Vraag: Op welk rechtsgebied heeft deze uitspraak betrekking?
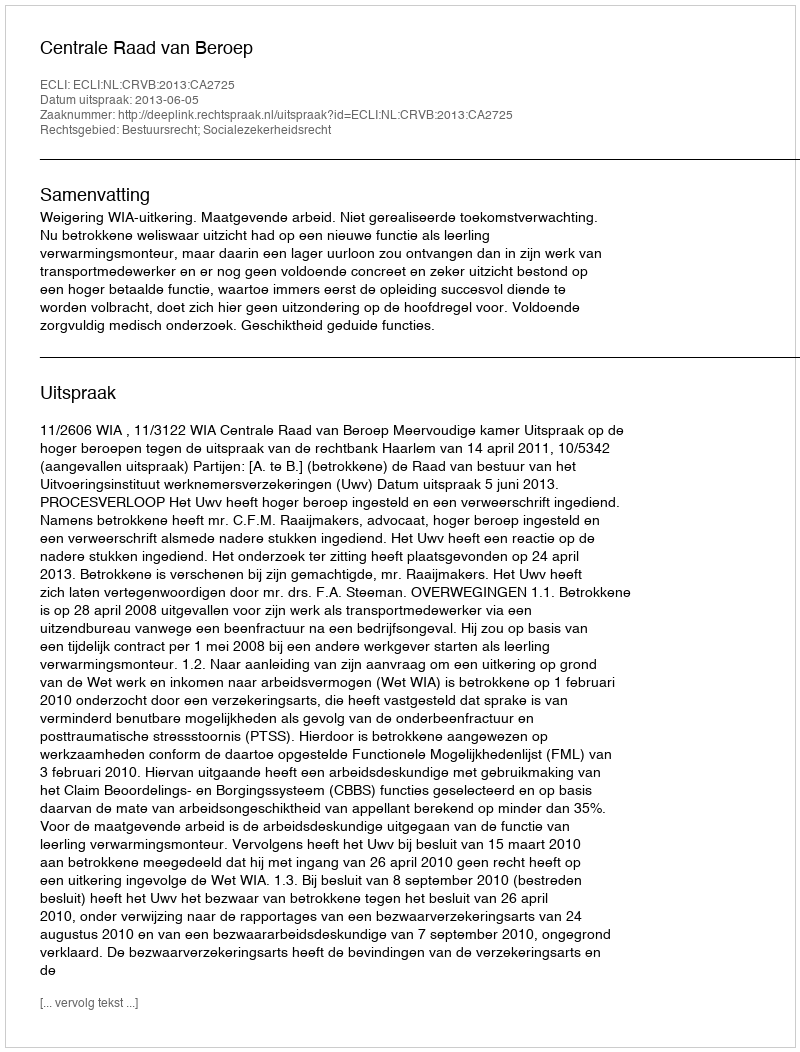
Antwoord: Bestuursrecht; Socialezekerheidsrecht